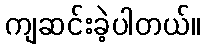
ကျဆင်းခဲ့ပါတယ်။